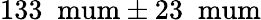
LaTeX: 133\; \mathrm{\ mum}\pm 23\; \mathrm{\ mum}